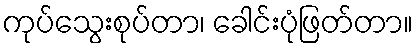
ကုပ်သွေးစုပ်တာ၊ ခေါင်းပုံဖြတ်တာ။